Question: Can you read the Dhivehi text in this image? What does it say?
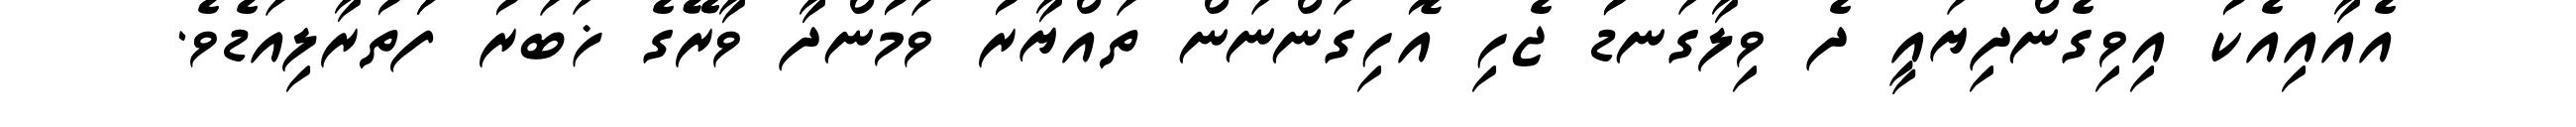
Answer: އެއާއިއެކު އިވިގެންދިޔައީ ދެ ވިލާގަނޑުު ޖެހި އޮހިގަންނަން ތައްޔާރު ވަމުންދާ ވާރޭޭގެ ޚަބަރު ފަަތުރާލިއަޑެވެ.